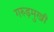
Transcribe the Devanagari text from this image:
गरुड़मुखी